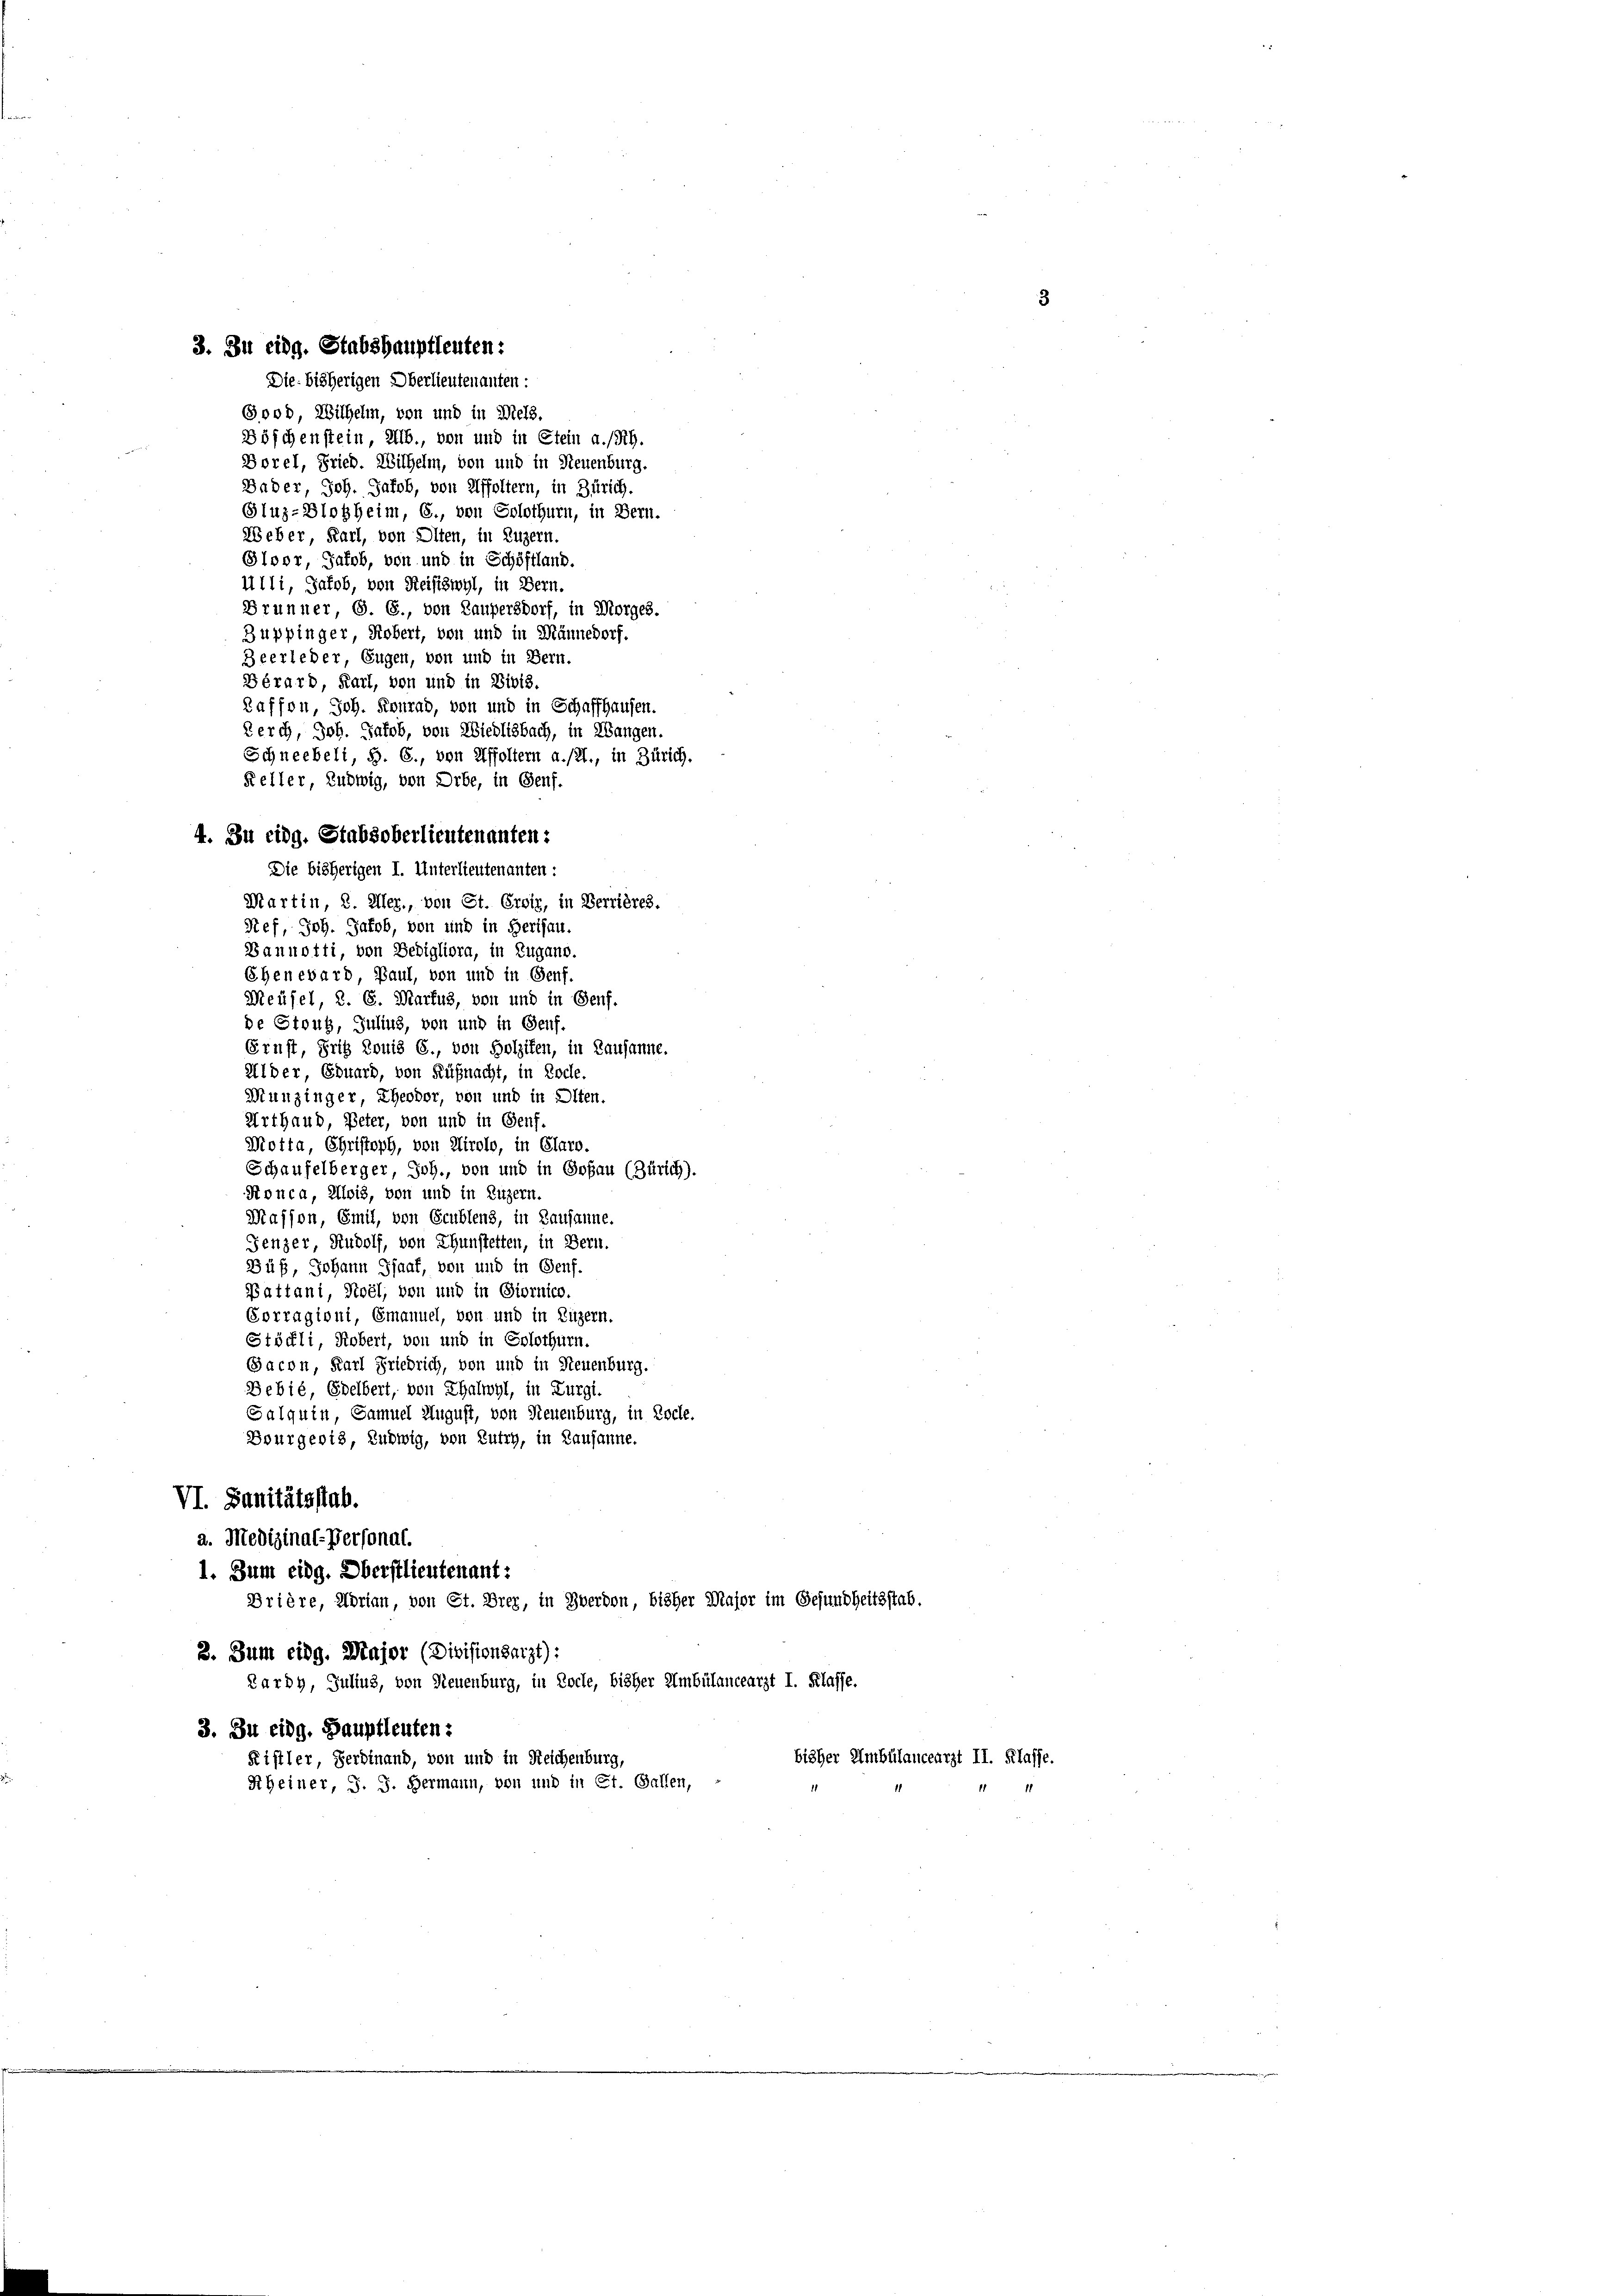
Die bisherigen Oberlieutenanten:
Sood, Wilhelm, von und in Wels.
Böschenstein, Alb., von und in Stein a. Rh.
Borel, Fried. Wilhelm, von und in Neuenburg.
Bader, Joh. Jakob, von Affoltern, in Zürich.
Gluz-Blogheim, C., von Solothurn, in Bern.
Weber, Karl, von Olten, in Luzern.
Gloor, Jakob, von und in Schöffland.
ulli, Jakob, von Reisiswyl, in Bern.
Brunner, S. 6., von Laupersdorf, in Morges.
Zuppinger, Robert, von und in Männedorf.
Zeerleder, Eugen, von und in Bern.
Bérard, Karl, von und in Divis.
Zaffon, Joh. Konrad, von und in Schaffhausen.
Zerch, Joh. Jakob, von Wiedlisbach, in Wangen.
Die bisherigen I. Unterlieutenanten:
Martin, 2. Aler., von St. Croix, in Verrières.
Stef, Joh. Jakob, von und in Berisau.
Bannotti, von Bedigliora, in Zugano.
Ehenevard Paul, von und in Genf.
Meüfel, 2. 6. Martus, von und in Genf.
de Strud, Julius, von und in Genf.
Ernst, Frig Louis 6., von Holziten, in Lausanne.
Alder, Eduard, von Küßnacht, in Loche.
Munzinger, Theodor, von und in Olten.
Arthaus, Peter, von und in Genf.
Motta, Christoph, von Airolo, in Glaro.
Schaufelberger, Joh., von und in Goßau (Zürich).
Ronca, Alois, von und in Luzern.
Masson, Emil, von Gublens, in Lausanne.
Fenzer, Rudolf, von Thunstetten, in Bern.
Büß, Johann Isaat, von und in Genf.
Battani, Roel, von und in Giornico.
Corragioni, Emanuel, von und in Luzern.
Stöckli, Robert, von und in Solothurn.
Sacon, Karl Friedrich, von und in Neuenburg.
Bebié, Edelbert, von Thalwyl, in Zurgi,
Salquin, Samuel August, von Neuenburg, in Pocle.
Bourgeris, Ludwig, von Zutry, in Lausanne.
VI. Sanitätsstab.
a. Medizinal-Personat.
1. Zum eidg. Oberstlieutenant:
Drière, Adrian, von St. Drey, in Zwerden, bisher Major im Gesundheitsstab.
2. Zum eidg. Major (Divisionsarzt):
Lardy, Julius, von Neuenburg, in Koche, bisher Ambülancearzt I. Klasse.
3. Zu eidg. Hauptleuten:
Kistler, Ferdinand, von und in Reichenburg,
Rheiner, J. J. Hermann, von und in Et. Gallen,

3. Zu eidg. Stabshauptleuten:

Schneebeli, S. 6., von Affoltern a./21., in Zürich.
Keller, Ludwig, von Orbe, in Genf.
4. Zu eidg. Stabsoberlieutenanten:

bisher Umbülancearzt II. Klasse.